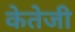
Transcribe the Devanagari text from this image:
केतेजी